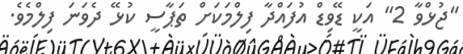
"ޖުޅްވާ 2" އަކީ ޑޭވިޑް އުފައްދާ ފިލްމަކަށް ތަޕާސީ ކުޅޭ ދެވަނަ ފިލްމެވެ.